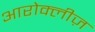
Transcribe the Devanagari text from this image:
आरोक्लीज़